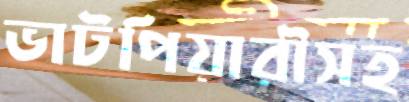
ভাটপিয়ারীসহ